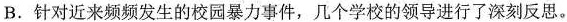
B.针对近来频频发生的校园暴力事件，几个学校的领导进行了深刻反思。